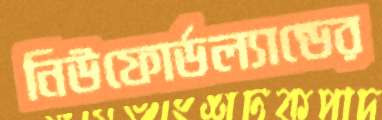
নিউফোর্ডল্যান্ডের